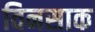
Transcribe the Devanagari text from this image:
विनसाक